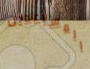
المساعدين